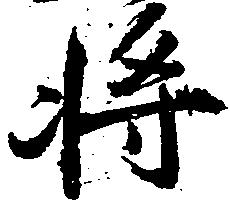
将